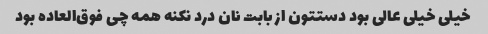
خیلی خیلی عالی بود دستتون از بابت نان درد نکنه همه چی فوق‌العاده بود